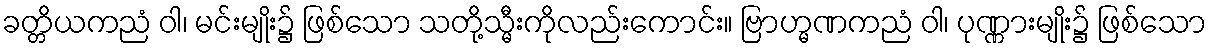
ခတ္တိယကညံ ဝါ၊ မင်းမျိုး၌ ဖြစ်သော သတို့သ္မီးကိုလည်းကောင်း။ ဗြာဟ္မဏကညံ ဝါ၊ ပုဏ္ဏားမျိုး၌ ဖြစ်သော